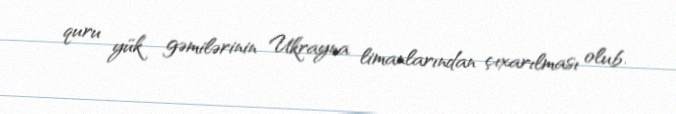
quru yük gəmilərinin Ukrayna limanlarından çıxarılması olub.